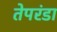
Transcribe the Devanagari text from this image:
तेपरंडा